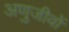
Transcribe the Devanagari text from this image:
अणुजीवों